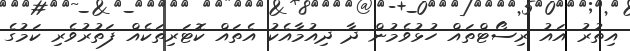
އިތުރު އައު ރިސޯޓްތައް ހުޅުވެމުން ދާ ދިއުމާއެކު އެތައް ކޮޓަރިތަކެއް ފަތުރުވެރި ކަމުގެ